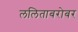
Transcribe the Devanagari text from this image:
ललिताबरोबर